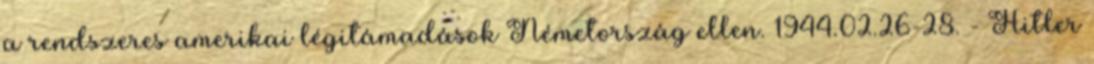
a rendszeres amerikai légitámadások Németország ellen. 1944.02.26-28. - Hitler